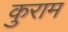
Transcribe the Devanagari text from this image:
कुराम